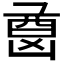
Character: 𫥦